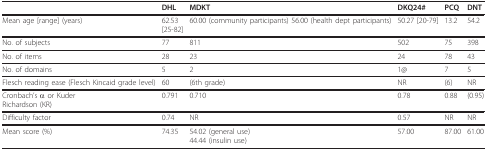
<table><thead><tr><td></td><td><b>DHL</b></td><td><b>MDKT</b></td><td><b>DKQ24#</b></td><td><b>PCQ</b></td><td><b>DNT</b></td></tr></thead><tbody><tr><td>Mean age [range] (years)</td><td>62.53[25-82]</td><td>60.00 (community participants) 56.00 (health dept participants)</td><td>50.27 [20-79]</td><td>13.2</td><td>54.2</td></tr><tr><td>No. of subjects</td><td>77</td><td>811</td><td>502</td><td>75</td><td>398</td></tr><tr><td>No. of items</td><td>28</td><td>23</td><td>24</td><td>78</td><td>43</td></tr><tr><td>No. of domains</td><td>5</td><td>2</td><td>1@</td><td>7</td><td>5</td></tr><tr><td>Flesch reading ease (Flesch Kincaid grade level)</td><td>60</td><td>(6th grade)</td><td>NR</td><td>(6)</td><td>NR</td></tr><tr><td>Cronbach&#x27;s α or KuderRichardson (KR)</td><td>0.791</td><td>0.710</td><td>0.78</td><td>0.88</td><td>(0.95)</td></tr><tr><td>Difficulty factor</td><td>0.74</td><td>NR</td><td>0.57</td><td>NR</td><td>NR</td></tr><tr><td>Mean score (%)</td><td>74.35</td><td>54.02 (general use)44.44 (insulin use)</td><td>57.00</td><td>87.00</td><td>61.00</td></tr></tbody></table>